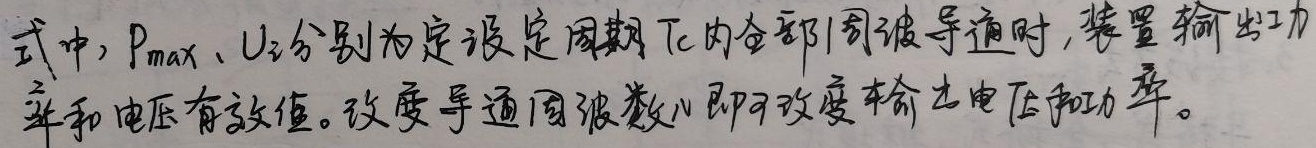
式中，$P_{max}$、$U_{i}$分别为在设定周期$T_{c}$内全部周波导通时，装置输出功率和电压有效值。改变导通周波数$N$即可改变输出电压和功率。